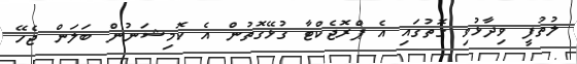
ލުތުފީ ވިދާޅުވި ގޮތުގައި އެ ޕްރޮޖެކްޓާ ގުޅޭގޮތުން އެ ކޮމިޝަނުން ބަލަން ޖެހޭ